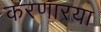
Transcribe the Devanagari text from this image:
करणारया